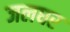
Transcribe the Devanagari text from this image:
जलघर